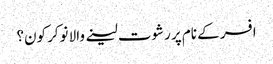
افسر کے نام پر رشوت لینے والا نوکر کون؟